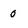
Character: o